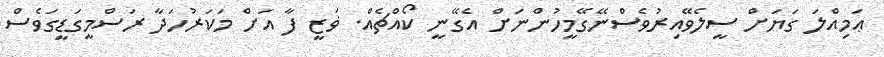
ޢަމިއްލަ ގަޔަށް ސީލެވޭއިރުވެސްނޭގޭމީހުންނަށް އެގޭނީ ކޯއްޗެއް. ޥަޒީ ފާ އަށް މަކަރުހަދާ ރަސްމީގަޑީގަވެސް